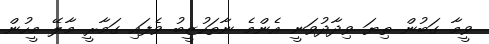
ވީމާ ގަބުން ތިޔަ ވިދާދުވަނީ އެންމެ ނާތަހުޒީބު ވެފައި ގަމާރީ މާލޭ މީހުން